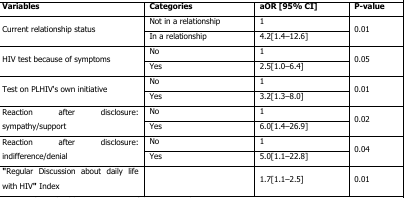
<table><thead><tr><td><b>Variables</b></td><td><b>Categories</b></td><td><b>aOR [95% CI]</b></td><td><b>P-value</b></td></tr></thead><tbody><tr><td rowspan="2">Current relationship status</td><td>Not in a relationship</td><td>1</td><td rowspan="2">0.01</td></tr><tr><td>In a relationship</td><td>4.2[1.4–12.6]</td></tr><tr><td rowspan="2">HIV test because of symptoms</td><td>No</td><td>1</td><td rowspan="2">0.05</td></tr><tr><td>Yes</td><td>2.5[1.0–6.4]</td></tr><tr><td rowspan="2">Test on PLHIV&#x27;s own initiative</td><td>No</td><td>1</td><td rowspan="2">0.01</td></tr><tr><td>Yes</td><td>3.2[1.3–8.0]</td></tr><tr><td rowspan="2">Reaction after disclosure: sympathy/support</td><td>No</td><td>1</td><td rowspan="2">0.02</td></tr><tr><td>Yes</td><td>6.0[1.4–26.9]</td></tr><tr><td rowspan="2">Reaction after disclosure: indifference/denial</td><td>No</td><td>1</td><td rowspan="2">0.04</td></tr><tr><td>Yes</td><td>5.0[1.1–22.8]</td></tr><tr><td>“Regular Discussion about daily life with HIV” Index</td><td></td><td>1.7[1.1–2.5]</td><td>0.01</td></tr></tbody></table>